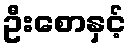
ဦးစောနှင့်